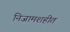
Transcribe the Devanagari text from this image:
निजामशहीत